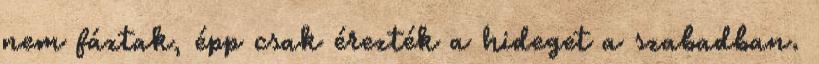
nem fáztak, épp csak érezték a hideget a szabadban.